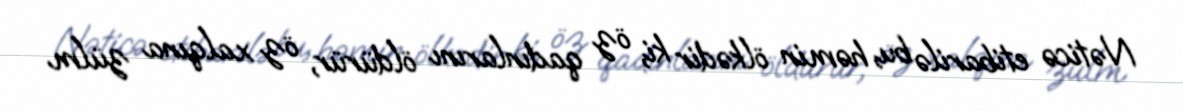
Nəticə etibarilə bu, həmin ölkədir ki, öz qadınlarını öldürür, öz xalqına zülm